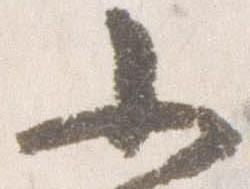
小